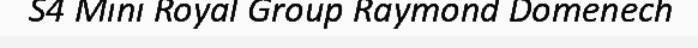
S4 Mini Royal Group Raymond Domenech